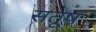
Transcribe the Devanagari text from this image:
सतूष